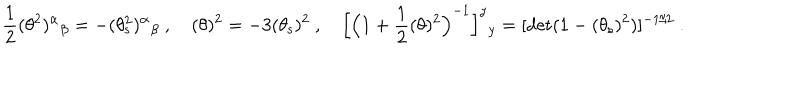
\frac { 1 } { 2 } ( \theta ^ { 2 } ) ^ { \alpha } { } _ { \beta } = - ( \theta _ { \mathrm { s } } ^ { 2 } ) ^ { \alpha } { } _ { \beta } \ , \quad ( \theta ) ^ { 2 } = - 3 ( \theta _ { \mathrm { s } } ) ^ { 2 } \ , \quad \Big [ \Big ( 1 + \frac { 1 } { 2 } ( \theta ) ^ { 2 } \Big ) ^ { - 1 } \Big ] ^ { y } { } _ { y } = [ \mathrm { d e t } ( 1 - ( \theta _ { \mathrm { s } } ) ^ { 2 } ) ] ^ { - 1 / 2 } \ .